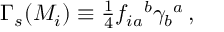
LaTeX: \Gamma _ { s } ( M _ { i } ) \equiv { \textstyle \frac { 1 } { 4 } } f _ { i a } { } ^ { b } \gamma _ { b } { } ^ { a } \, ,